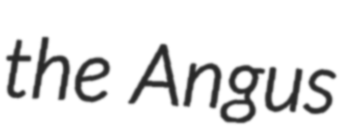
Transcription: the Angus